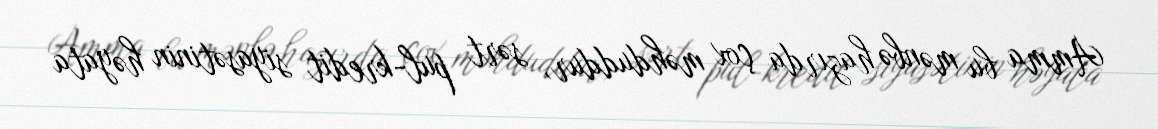
Amma bu mənbə hazırda çox məhduddur, sərt pul-kredit siyasətinin həyata